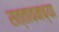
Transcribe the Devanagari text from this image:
सत्तावनच्या